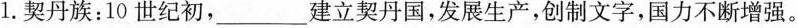
1.契丹族：10世纪初，___建立契丹国，发展生产，创制文字，国力不断增强。